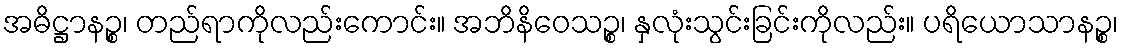
အဓိဋ္ဌာနဉ္စ၊ တည်ရာကိုလည်းကောင်း။ အဘိနိဝေသဉ္စ၊ နှလုံးသွင်းခြင်းကိုလည်း။ ပရိယောသာနဉ္စ၊